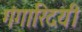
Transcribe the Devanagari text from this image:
गंगारिदयी